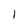
Character: 1